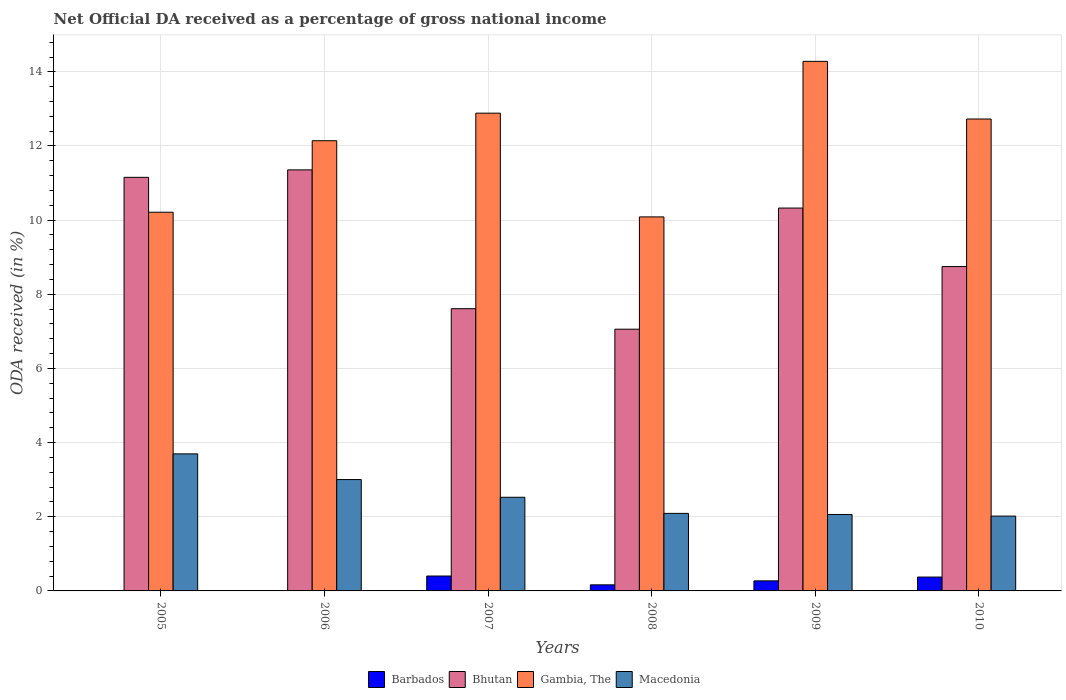
| Years | Barbados | Bhutan | Gambia, The | Macedonia |
 | --- | --- | --- | --- | --- |
 | 2005 | -0.0487 | 11.2 | 10.2 | 3.7 |
 | 2006 | -0.0514 | 11.4 | 12.1 | 3 |
 | 2007 | 0.402 | 7.61 | 12.9 | 2.53 |
 | 2008 | 0.164 | 7.06 | 10.1 | 2.09 |
 | 2009 | 0.271 | 10.3 | 14.3 | 2.06 |
 | 2010 | 0.374 | 8.75 | 12.7 | 2.02 |